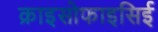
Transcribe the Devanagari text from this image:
क्राइसोफाइसिई